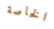
الخاصة